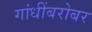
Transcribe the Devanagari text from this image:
गांधींबरोबर